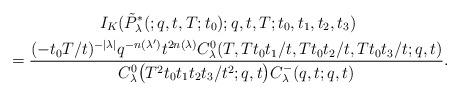
LaTeX: \begin{gather*}I_K(\tilde{P}^*_\lambda(;q,t,T;t_0);q,t,T;t_0,t_1,t_2,t_3) \\{}=\frac{(-t_0T/t)^{-|\lambda|}q^{-n(\lambda')}t^{2n(\lambda)}C^0_\lambda(T,Tt_0t_1/t,Tt_0t_2/t,Tt_0t_3/t;q,t)}{C^0_\lambda\big(T^2t_0t_1t_2t_3/t^2;q,t\big)C^-_\lambda(q,t;q,t)}.\end{gather*}